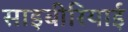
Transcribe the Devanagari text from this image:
साइबीरियाई